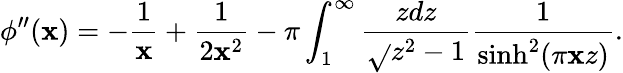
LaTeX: \phi^{\prime\prime}(\mathbf{x})=-\frac{{1}}{{\mathbf{x}}}+\frac{{1}}{{2\mathbf{x}^{2}}}-\pi\int_{1}^{\infty}\frac{{zdz}}{{\sqrt{}{{z^{2}-1}}}}\frac{{1}}{{\sinh^{2}(\pi\mathbf{x}z)}}.